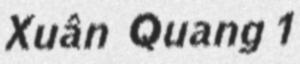
Xuân Quang 1